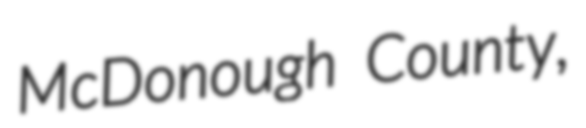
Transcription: McDonough County,